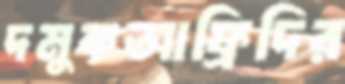
দমুকআফ্রিদির